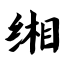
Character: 缃